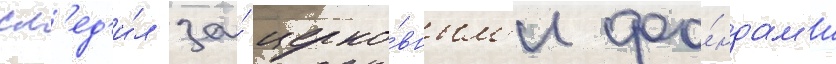
сл'ед'и́л за́ церко́вным'и фо́ндам'и